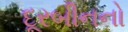
દૂરબીનનો